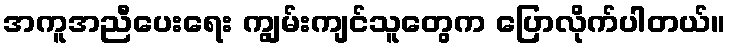
အကူအညီပေးရေး ကျွမ်းကျင်သူတွေက ပြောလိုက်ပါတယ်။